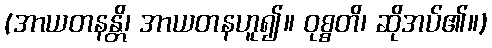
(အာယတနန္တိ၊ အာယတနဟူ၍။ ဝုစ္စတိ၊ ဆိုအပ်၏။)